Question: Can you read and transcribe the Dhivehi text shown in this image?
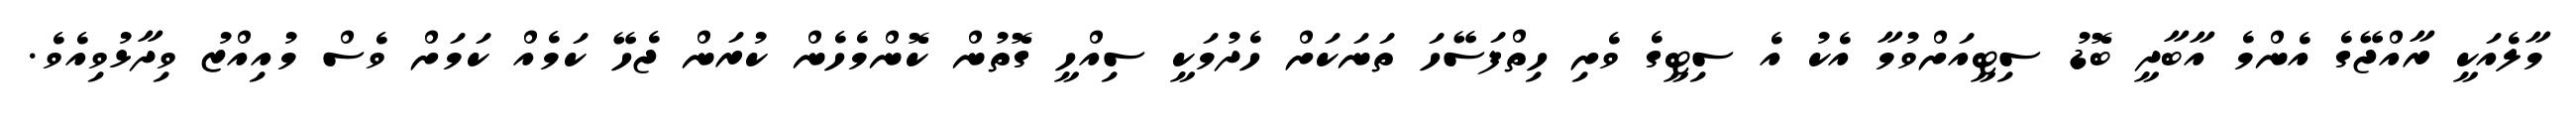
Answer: މާލެއަކީ ރާއްޖޭގެ އެންމެ އާބާދީ ބޮޑު ސިޓީއަށްވުމާ އެކު އެ ސިޓީގެ ވެށި ހިތްފަސޭހަ ތަނަކަށް ހެދުމަކީ ސިއްހީ ގޮތުން ކޮންމެހެން ކުރަން ޖެހޭ ކަމެއް ކަމަށް ވެސް މުއިއްޒު ވިދާޅުވިއެވެ.